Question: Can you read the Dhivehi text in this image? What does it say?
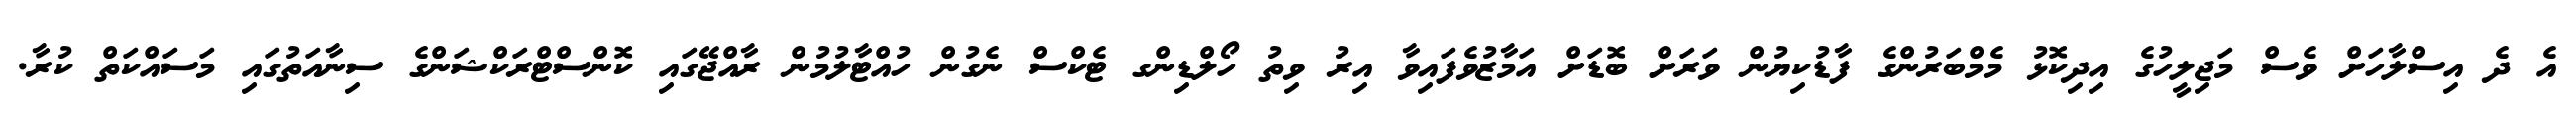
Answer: އެ ދެ އިސްލާހަށް ވެސް މަޖިލީހުގެ އިދިކޮޅު މެމްބަރުންގެ ފާޑުކިޔުން ވަރަށް ބޮޑަށް އަމާޒުވެފައިވާ އިރު ވިތު ހޯލްޑިންގ ޓެކްސް ނެގުން ހުއްޓާލުމުން ރާއްޖޭގައި ކޮންސްޓްރަކްޝަންގެ ސިނާއަތުގައި މަސައްކަތް ކުރާ.